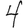
Digit: 4